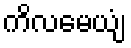
ကိလမေယျံ